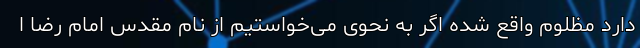
دارد مظلوم واقع شده اگر به نحوی می‌خواستیم از نام مقدس امام رضا ا